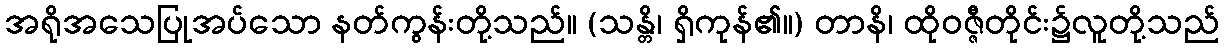
အရိုအသေပြုအပ်သော နတ်ကွန်းတို့သည်။ (သန္တိ၊ ရှိကုန်၏။) တာနိ၊ ထိုဝဇ္ဇီတိုင်း၌လူတို့သည်